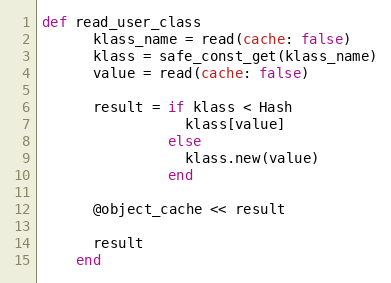
Language: Ruby
def read_user_class
      klass_name = read(cache: false)
      klass = safe_const_get(klass_name)
      value = read(cache: false)

      result = if klass < Hash
                 klass[value]
               else
                 klass.new(value)
               end

      @object_cache << result

      result
    end